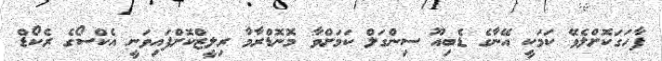
ފާހަގަކޮށްލެވޭ ކަމަކީ އޭނާގެ ޑެބިއޫ ސިންގަލް ކަމަށްވާ މޮނޮޑްރާމާ ރިލީޒްކޮށްފައިވަނީ އެކްސޯގެ ރެކޯޑް